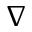
\nabla